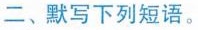
二、默写下列短语。